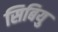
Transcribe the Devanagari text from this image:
सिबियु